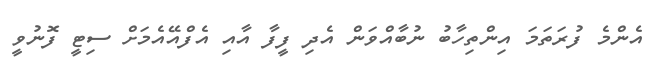
އެންމެ ފުރަތަމަ އިންތިހާބު ނުބާއްވަން އެދި ފީފާ އާއި އެފްއޭއެމަށް ސިޓީ ފޮނުވީ